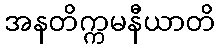
အနတိက္ကမနီယာတိ